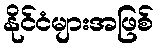
နိုင်ငံများအဖြစ်